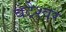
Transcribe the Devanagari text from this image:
बटेश्‍वर